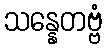
သန္နေတဗ္ဗံ